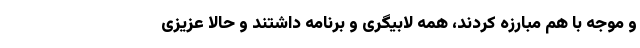
و موجه با هم مبارزه کردند، همه لابیگری و برنامه داشتند و حالا عزیزی